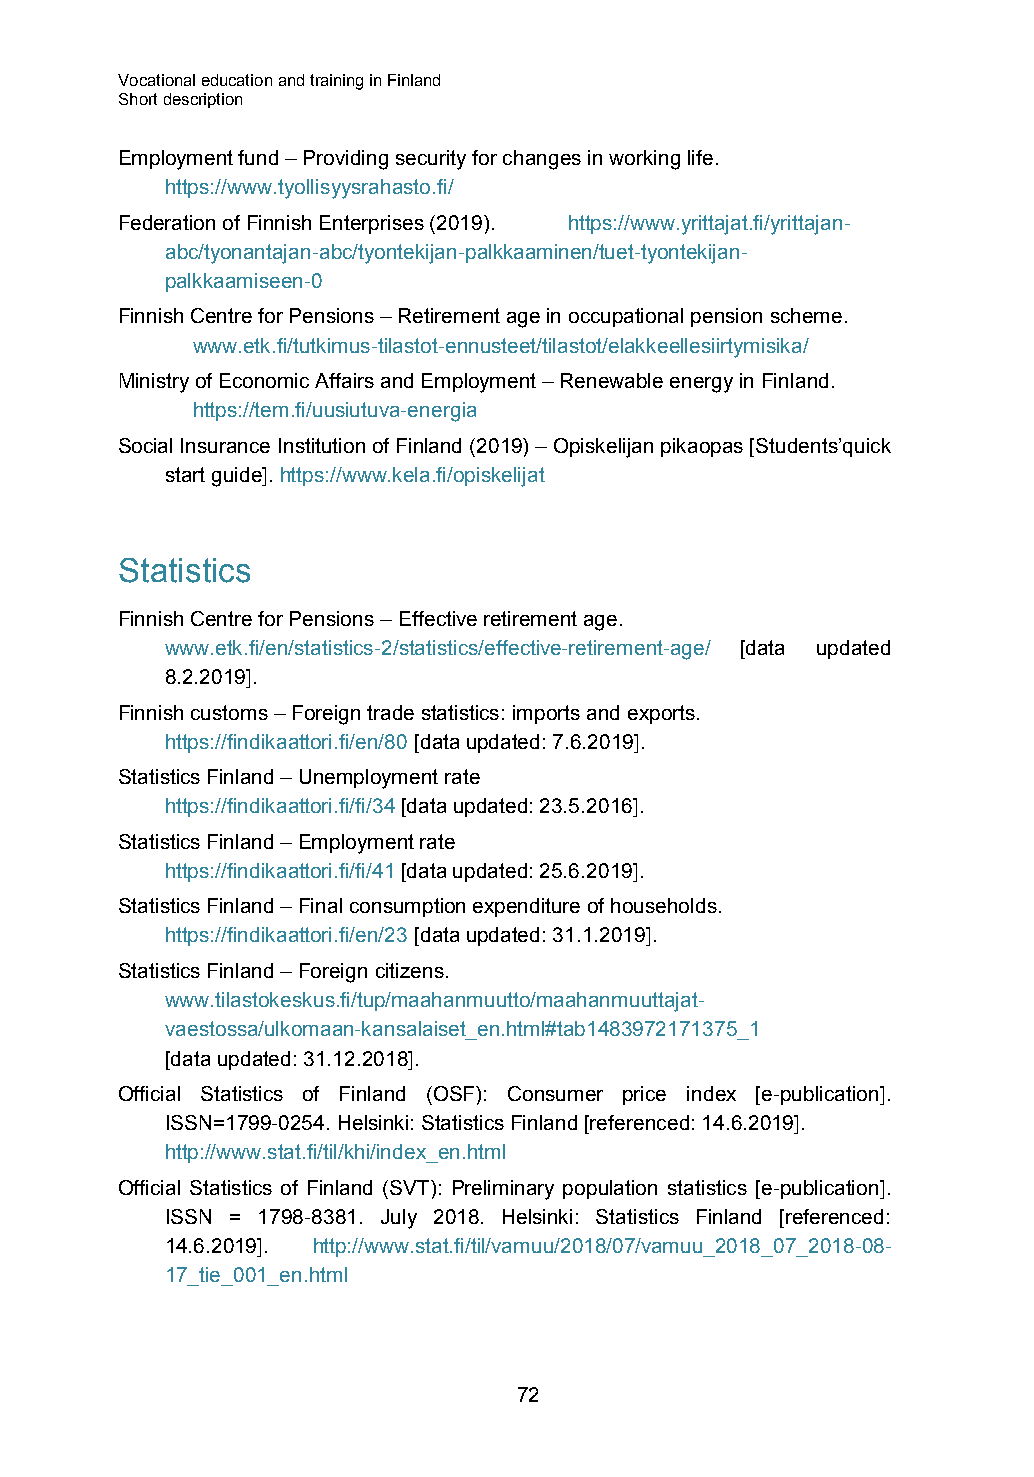
Vocational education and training in Finland
 Short description
 Employment fund – Providing security for changes in working life.
 https://www.tyollisyysrahasto.fi/
 Federation of Finnish Enterprises (2019). https://www.yrittajat.fi/yrittajan-
 abc/tyonantajan-abc/tyontekijan-palkkaaminen/tuet-tyontekijan-
 palkkaamiseen-0
 Finnish Centre for Pensions – Retirement age in occupational pension scheme.
 www.etk.fi/tutkimus-tilastot-ennusteet/tilastot/elakkeellesiirtymisika/
 Ministry of Economic Affairs and Employment – Renewable energy in Finland.
 https://tem.fi/uusiutuva-energia
 Social Insurance Institution of Finland (2019) – Opiskelijan pikaopas [Students’quick
 start guide]. https://www.kela.fi/opiskelijat
 Statistics
 Finnish Centre for Pensions – Effective retirement age.
 www.etk.fi/en/statistics-2/statistics/effective-retirement-age/ [data updated
 8.2.2019].
 Finnish customs – Foreign trade statistics: imports and exports.
 https://findikaattori.fi/en/80 [data updated: 7.6.2019].
 Statistics Finland – Unemployment rate
 https://findikaattori.fi/fi/34 [data updated: 23.5.2016].
 Statistics Finland – Employment rate
 https://findikaattori.fi/fi/41 [data updated: 25.6.2019].
 Statistics Finland – Final consumption expenditure of households.
 https://findikaattori.fi/en/23 [data updated: 31.1.2019].
 Statistics Finland – Foreign citizens.
 www.tilastokeskus.fi/tup/maahanmuutto/maahanmuuttajat-
 vaestossa/ulkomaan-kansalaiset_en.html#tab1483972171375_1
 [data updated: 31.12.2018].
 Official Statistics of Finland (OSF): Consumer price index [e-publication].
 ISSN=1799-0254. Helsinki: Statistics Finland [referenced: 14.6.2019].
 http://www.stat.fi/til/khi/index_en.html
 Official Statistics of Finland (SVT): Preliminary population statistics [e-publication].
 ISSN = 1798-8381. July 2018. Helsinki: Statistics Finland [referenced:
 14.6.2019]. http://www.stat.fi/til/vamuu/2018/07/vamuu_2018_07_2018-08-
 17_tie_001_en.html
 72